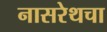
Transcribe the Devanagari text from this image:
नासरेथचा